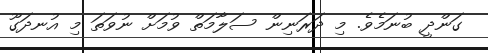
ގަންދީ ބުނަމެވެ. މި ދަރަނިން ސަލާމަތް ވުމަށް ނުވަތަ މި އުނދަގޫ